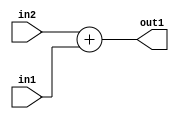
`timescale 1ps / 1ps
/*****************************************************************************
    Verilog RTL Description
    
    
    Created by: Stratus DpOpt 21.05.01 
*******************************************************************************/

module SobelFilter_Add_6Ux4U_7S_4 (
	in2,
	in1,
	out1
	); /* architecture "behavioural" */ 
input [5:0] in2;
input [3:0] in1;
output [6:0] out1;
wire [6:0] asc001;

assign asc001 = 
	+(in2)
	+(in1);

assign out1 = asc001;
endmodule

/* CADENCE  ubD3Tw4= : u9/ySxbfrwZIxEzHVQQV8Q== ** DO NOT EDIT THIS LINE ******/